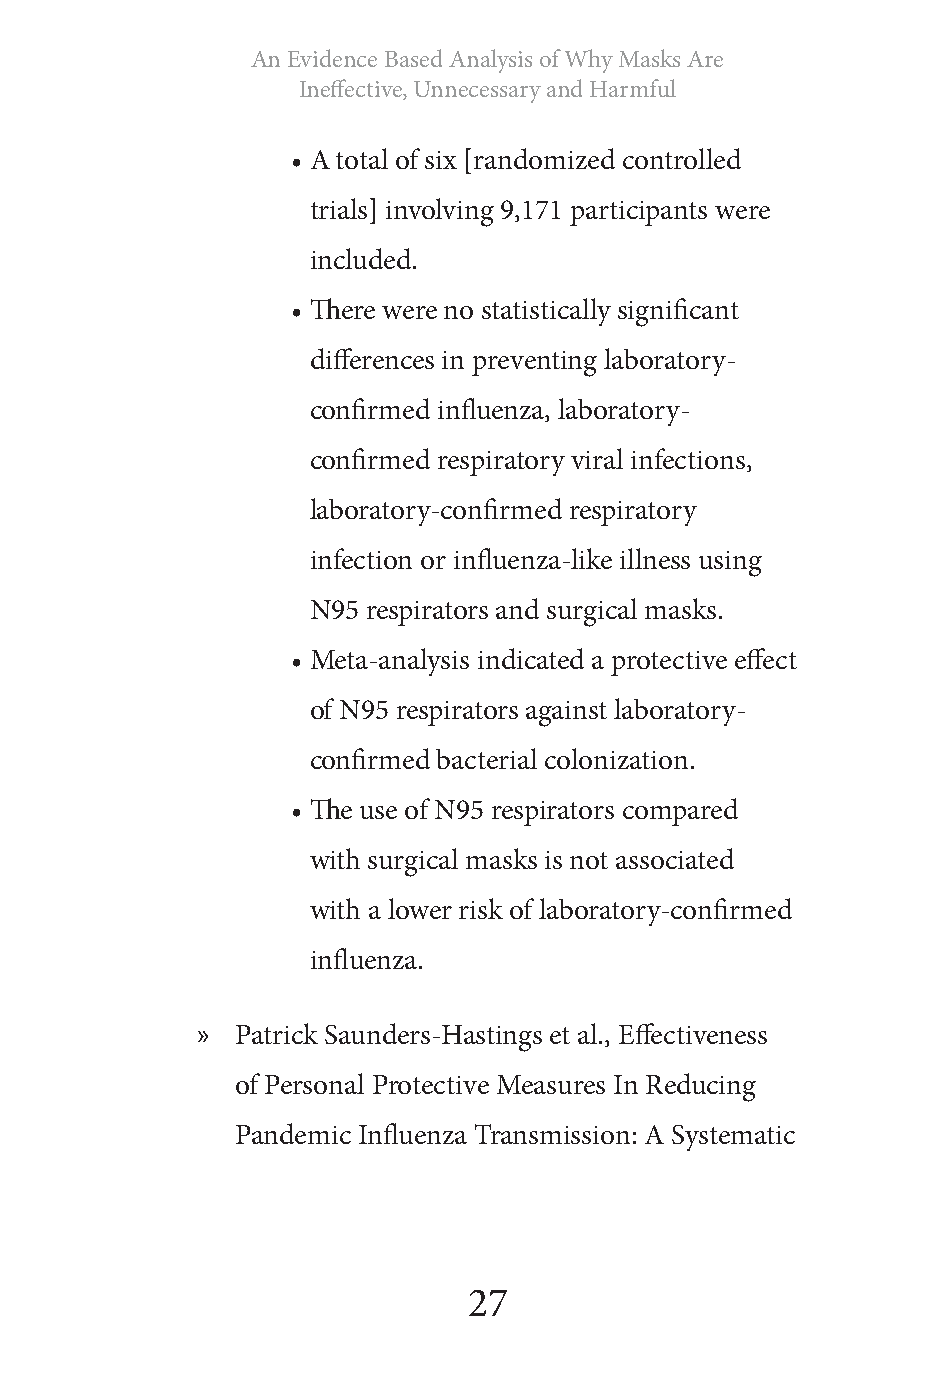
An Evidence Based Analysis of Why Masks Are
 Ineffective, Unnecessary and Harmful
 • A total of six [randomized controlled
 trials] involving 9,171 participants were
 included.
 • There were no statistically significant
 differences in preventing laboratory‐
 confirmed influenza, laboratory‐
 confirmed respiratory viral infections,
 laboratory‐confirmed respiratory
 infection or influenza-like illness using
 N95 respirators and surgical masks.
 • Meta‐analysis indicated a protective effect
 of N95 respirators against laboratory‐
 confirmed bacterial colonization.
 • The use of N95 respirators compared
 with surgical masks is not associated
 with a lower risk of laboratory‐confirmed
 influenza.
 »  Patrick Saunders-Hastings et al., Effectiveness
 of Personal Protective Measures In Reducing
 Pandemic Influenza Transmission: A Systematic
 27